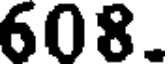
608.